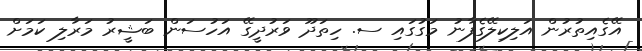
އޭގެއިތުރުން އަލިކިލޭގެފާނު މަގުގައި ސ. ހިތަދޫ ވަރުދީގޭ އަހުސަން ބަޝީރު މަރާލި ކަމަށް